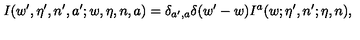
I ( w ^ { \prime } , \eta ^ { \prime } , n ^ { \prime } , a ^ { \prime } ; w , \eta , n , a ) = \delta _ { a ^ { \prime } , a } \delta ( w ^ { \prime } - w ) I ^ { a } ( w ; \eta ^ { \prime } , n ^ { \prime } ; \eta , n ) ,